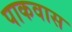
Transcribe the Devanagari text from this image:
पाकवास